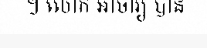
។ លោក អាចារ្យ បាន